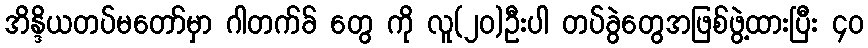
အိန္ဒိယတပ်မတော်မှာ ဂါတက်ခ် တွေ ကို လူ(၂၀)ဦးပါ တပ်ခွဲတွေအဖြစ်ဖွဲ့ထားပြီး ၄၀